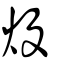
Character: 炈